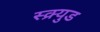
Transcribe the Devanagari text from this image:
स्क्र्युड